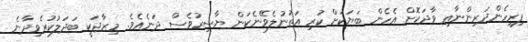
ފިރިހެންދަރިންނާއި ވާދަކޮށް އެހެން ބަޔަކަށް ކުރި އަތުނުލެވޭނެކަން ޔާސިރުވެސް ދަނެއެވެ. މިޒާޖަކީ ބަދަލުކުރެވިދާނެ